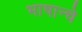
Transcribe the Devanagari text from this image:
भाषान्चे